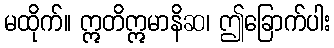
မထိုက်။ ဣတိဣမာနိဆ၊ ဤခြောက်ပါး